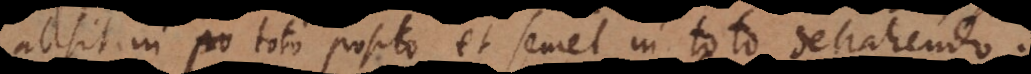
adsit in toto posito et semel in toto detrahendo;